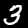
Label: 3